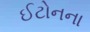
ઈટોનના